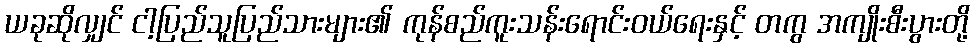
ယခုဆိုလျှင် ငါ့ပြည်သူပြည်သားများ၏ ကုန်စည်ကူးသန်းရောင်းဝယ်ရေးနှင့် တကွ အကျိုးစီးပွားတို့